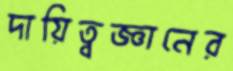
দায়িত্বজ্ঞানের